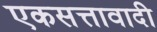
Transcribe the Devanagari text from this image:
एकसत्तावादी